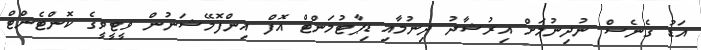
އަޑު ގެނެސް ނުދިނުމަށް އިރުޝާދު ދިނުމާއި ޑިޕާޓުމަންޓް އޮފް އިންފޮމޭޝަނުން ވީޓީވީގެ ކޮންޓެންޓް